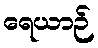
ရေယာဉ်